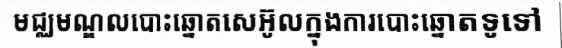
មជ្ឈមណ្ឌលបោះឆ្នោតសេអ៊ូលក្នុងការបោះឆ្នោតទូទៅ